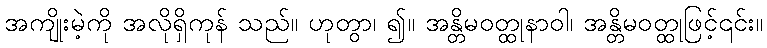
အကျိုးမဲ့ကို အလိုရှိကုန် သည်။ ဟုတွာ၊ ၍။ အန္တိမဝတ္ထုနာဝါ၊ အန္တိမဝတ္ထုဖြင့်၎င်း။